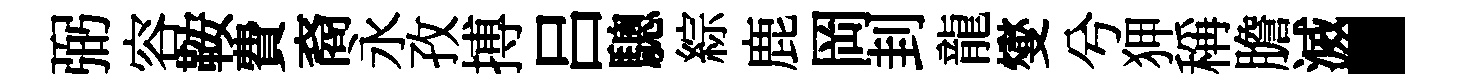
弼容鞍費裔永孜搏吕驄綜鹿岡刲龍燮兮狎稱膽滅·